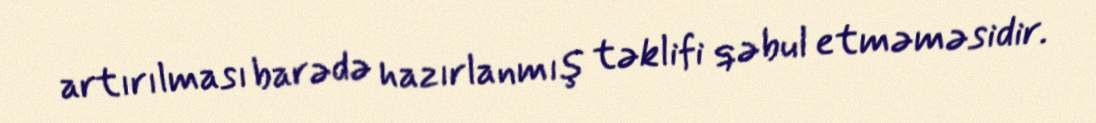
artırılması barədə hazırlanmış təklifi qəbul etməməsidir.